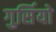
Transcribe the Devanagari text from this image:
गुर्सियो